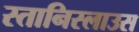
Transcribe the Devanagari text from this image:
स्तानिस्लाउस